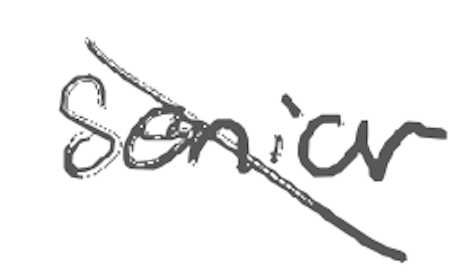
Text: senior
Cross-out: diagonal
Writing tool: digital_gray